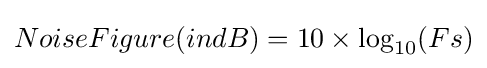
NoiseFigure(indB)=10\times \log _{10}(Fs)